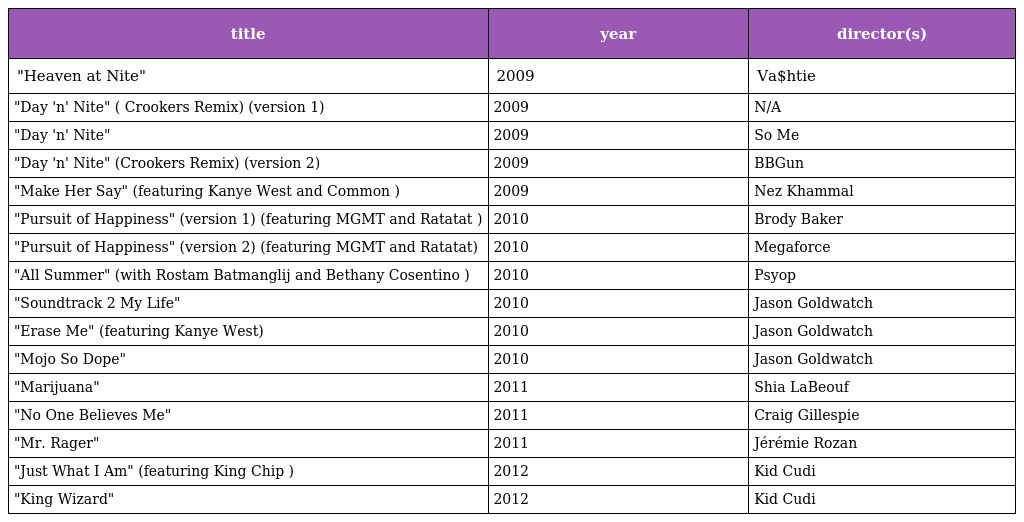
| title | year | director(s) |
 | --- | --- | --- |
 | "Heaven at Nite" | 2009 | Va$htie |
 | "Day 'n' Nite" ( Crookers Remix) (version 1) | 2009 | N/A |
 | "Day 'n' Nite" | 2009 | So Me |
 | "Day 'n' Nite" (Crookers Remix) (version 2) | 2009 | BBGun |
 | "Make Her Say" (featuring Kanye West and Common ) | 2009 | Nez Khammal |
 | "Pursuit of Happiness" (version 1) (featuring MGMT and Ratatat ) | 2010 | Brody Baker |
 | "Pursuit of Happiness" (version 2) (featuring MGMT and Ratatat) | 2010 | Megaforce |
 | "All Summer" (with Rostam Batmanglij and Bethany Cosentino ) | 2010 | Psyop |
 | "Soundtrack 2 My Life" | 2010 | Jason Goldwatch |
 | "Erase Me" (featuring Kanye West) | 2010 | Jason Goldwatch |
 | "Mojo So Dope" | 2010 | Jason Goldwatch |
 | "Marijuana" | 2011 | Shia LaBeouf |
 | "No One Believes Me" | 2011 | Craig Gillespie |
 | "Mr. Rager" | 2011 | Jérémie Rozan |
 | "Just What I Am" (featuring King Chip ) | 2012 | Kid Cudi |
 | "King Wizard" | 2012 | Kid Cudi |